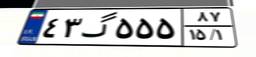
۰۰گ۵۵۲۴۵